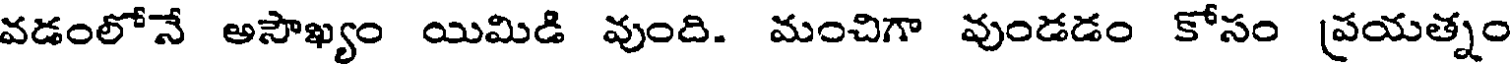
వడంలోనే అసౌఖ్యం యిమిడి వుంది. మంచిగా వుండడం కోసం ప్రయత్నం